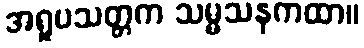
အရူပသတ္တက သမ္မသနကထာ။